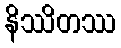
နိဿိတဿ